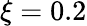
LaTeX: \xi=0.2